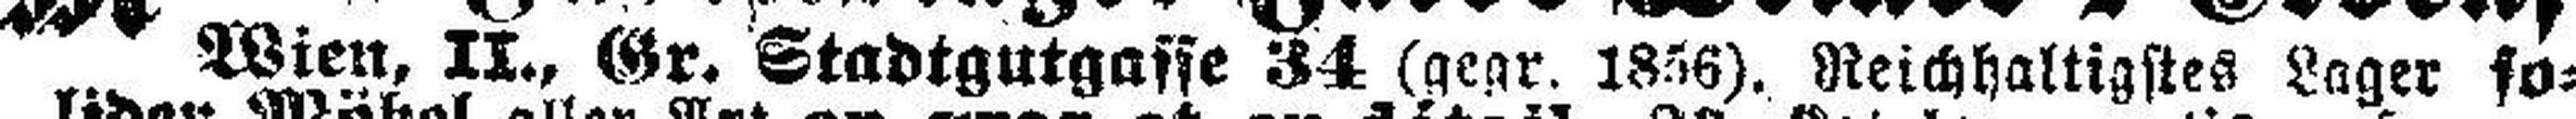
Wien, II., Gr. Stadtgutgasse 34 (gegr. 1856). Reichhaltigstes Lager so¬